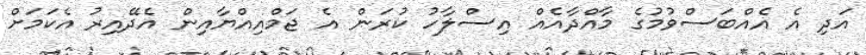
އަދި އެ އެއްބަސްވުމުގެ މާއްދާއެއް އިސްލާހު ކުރަން އެ ޖަމްއިއްޔާއިން އެދޭއިރު އެކަމަށް